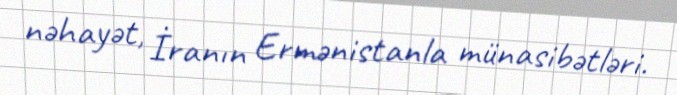
nəhayət, İranın Ermənistanla münasibətləri.